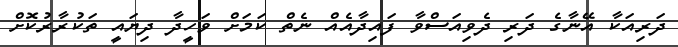
ދަރިއަކާ އޭނާގެ ދަރި ދެވިއަސްވާ ފައިދާއެއް ނެތް ކަމަށް ވަހީދާ ދިޔައީ ތަކުރާރުކޮށް